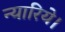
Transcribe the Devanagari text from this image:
न्यारिये।